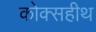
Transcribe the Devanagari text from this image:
कोक्सहीथ